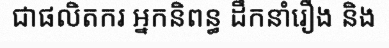
ជាផលិតករ អ្នកនិពន្ធ ដឹកនាំរឿង និង